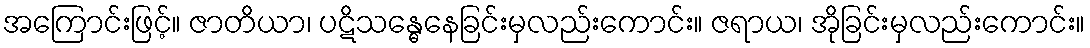
အကြောင်းဖြင့်။ ဇာတိယာ၊ ပဋိသန္ဓေနေခြင်းမှလည်းကောင်း။ ဇရာယ၊ အိုခြင်းမှလည်းကောင်း။